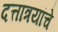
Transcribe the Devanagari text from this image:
दत्तात्रयांचे